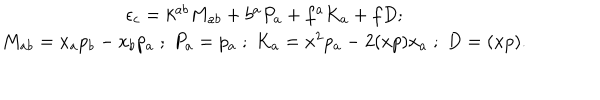
\begin{array} { c } { { \epsilon _ { c } = k ^ { a b } M _ { a b } + b ^ { a } P _ { a } + f ^ { a } K _ { a } + f D ; } } \\ { { M _ { a b } = x _ { a } p _ { b } - x _ { b } p _ { a } \; ; \; P _ { a } = p _ { a } \; ; \; K _ { a } = x ^ { 2 } p _ { a } - 2 ( x p ) x _ { a } \; ; \; D = ( x p ) . } } \\ \end{array}